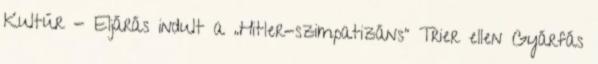
Kultúr - Eljárás indult a „Hitler-szimpatizáns” Trier ellen Gyárfás